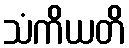
သံကိယတိ